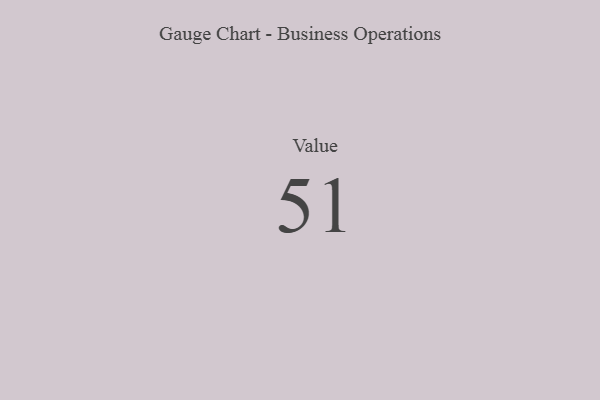
{"axis": {"x": "Metric", "y": "Value"}, "legend": [""], "data": [{"x": "Value", "y": 51, "type": ""}]}